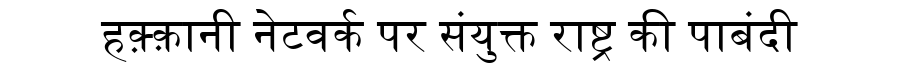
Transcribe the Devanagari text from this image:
हक़्क़ानी नेटवर्क पर संयुक्त राष्ट्र की पाबंदी